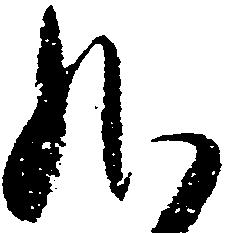
給